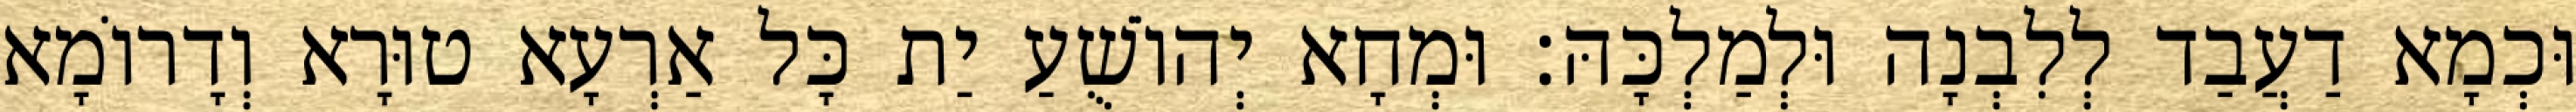
וּכְמָא דַעֲבַד לְלִבְנָה וּלְמַלְכָּהּ׃ וּמְחָא יְהוֹשֻׁעַ יַת כָּל אַרְעָא טוּרָא וְדָרוֹמָא